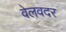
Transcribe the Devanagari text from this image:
वेलवदर